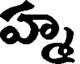
హ్మ